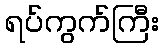
ရပ်ကွက်ကြီး